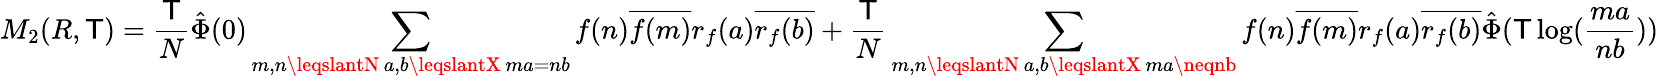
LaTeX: M_{2}(R,\mathsf{T})=\frac{{\mathsf{T}}}{{N}}{\hat{{\Phi}}}(0)\sum_{\substack{m,n\leqslantN\, a,b\leqslantX\, ma=nb}}f(n)\overline{{{f(m)}}}r_{f}(a)\overline{{{r_{f}(b)}}}+\frac{{\mathsf{T}}}{{N}}\sum_{\substack{m,n\leqslantN\, a,b\leqslantX\, ma\neqnb}}f(n)\overline{{{f(m)}}}r_{f}(a)\overline{{{r_{f}(b)}}}\hat{{\Phi}}(\mathsf{T}\log(\frac{{ma}}{{nb}}))